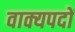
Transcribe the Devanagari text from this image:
वाक्यपदों